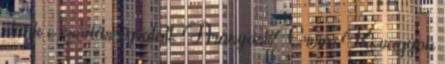
élünk e csodás ég alatt. Aranyosi Ervin: Ki vagyok